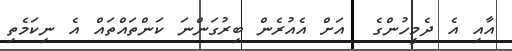
އާއި އެ ދެމީހުންގެ  އަށް އެއުރެން ބިރުގަންނަ ކަންތައްތައް އެ ނިކަމެތި